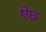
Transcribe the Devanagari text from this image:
ऐछ